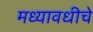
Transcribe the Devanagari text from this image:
मध्यावधीचे